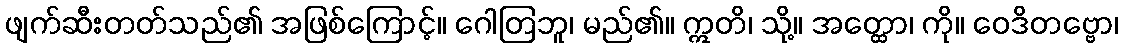
ဖျက်ဆီးတတ်သည်၏ အဖြစ်ကြောင့်။ ဂေါတြဘူ၊ မည်၏။ ဣတိ၊ သို့။ အတ္ထော၊ ကို။ ဝေဒိတဗ္ဗော၊